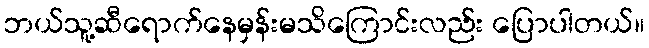
ဘယ်သူ့ဆီရောက်နေမှန်းမသိကြောင်းလည်း ပြောပါတယ်။